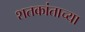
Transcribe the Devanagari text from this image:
शतकांताच्या